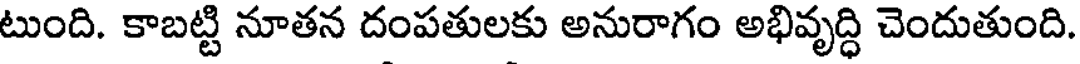
టుంది. కాబట్టి నూతన దంపతులకు అనురాగం అభివృద్ధి చెందుతుంది.